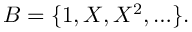
B = \{ 1 , X , X ^ { 2 } , \ldots \} .